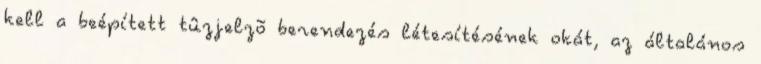
kell a beépített tûzjelzõ berendezés létesítésének okát, az általános